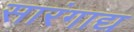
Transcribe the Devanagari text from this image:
सारंगाद्य